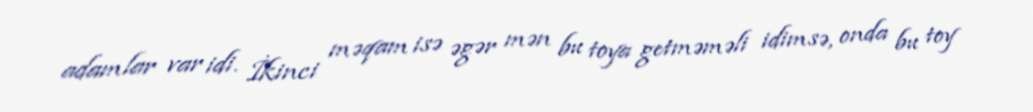
adamlar var idi. İkinci məqam isə əgər mən bu toya getməməli idimsə, onda bu toy